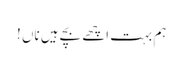
ہم بہت اچھے بچے ہیں ناں !